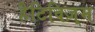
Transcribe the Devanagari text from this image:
हैटिविज़्म